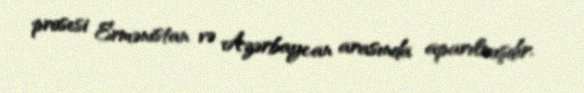
prosesi Ermənistan və Azərbaycan arasında aparılmışdır.